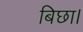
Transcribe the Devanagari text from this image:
बिछा।